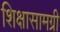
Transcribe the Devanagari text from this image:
शिक्षासामग्री